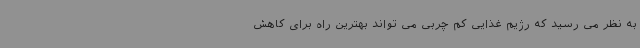
به نظر می رسید که رژیم غذایی کم چربی می تواند بهترین راه برای کاهش